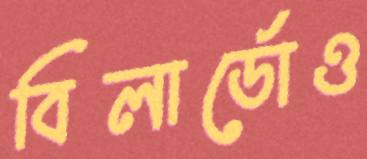
বিলার্ডোও